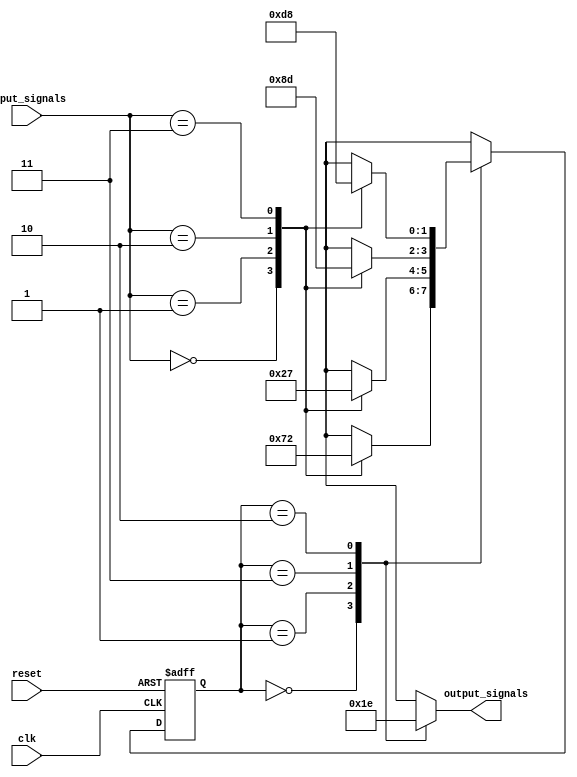
module gray_code_state_machine (
    input wire clk,
    input wire reset,
    input wire [1:0] input_signals,
    output wire [1:0] output_signals
);

// Define states using Gray code encoding
parameter S0 = 2'b00;
parameter S1 = 2'b01;
parameter S2 = 2'b11;
parameter S3 = 2'b10;

// Define state register
reg [1:0] current_state, next_state;

// Next state logic block
always @(*) begin
    case (current_state)
        S0: begin
            case (input_signals)
                2'b00: next_state = S1;
                2'b01: next_state = S2;
                2'b10: next_state = S0;
                2'b11: next_state = S3;
            endcase
        end
        S1: begin
            case (input_signals)
                2'b00: next_state = S0;
                2'b01: next_state = S3;
                2'b10: next_state = S1;
                2'b11: next_state = S2;
            endcase
        end
        S2: begin
            case (input_signals)
                2'b00: next_state = S3;
                2'b01: next_state = S0;
                2'b10: next_state = S2;
                2'b11: next_state = S1;
            endcase
        end
        S3: begin
            case (input_signals)
                2'b00: next_state = S2;
                2'b01: next_state = S1;
                2'b10: next_state = S3;
                2'b11: next_state = S0;
            endcase
        end
    endcase
end

// State transition on clock edge
always @(posedge clk or posedge reset) begin
    if (reset)
        current_state <= S0;
    else
        current_state <= next_state;
end

// Output generation based on current state
always @(*) begin
    case (current_state)
        S0: output_signals = 2'b00;
        S1: output_signals = 2'b01;
        S2: output_signals = 2'b11;
        S3: output_signals = 2'b10;
    endcase
end

endmodule